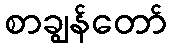
စာချွန်တော်